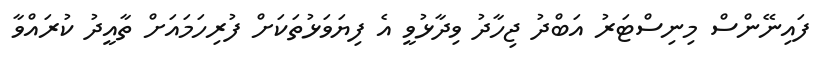
ފައިނޭންސް މިނިސްޓަރު އަބްދު ޖިހާދު ވިދާޅުވީ އެ ފިޔަވަޅުތަކަށް ފުރިހަމައަށް ތާއީދު ކުރައްވާ